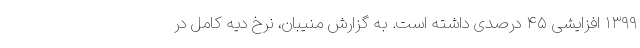
۱۳۹۹ افزایشی ۴۵ درصدی داشته است. به گزارش منیبان، نرخ دیه کامل در